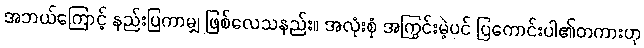
အဘယ်ကြောင့် နည်းပြကာမျှ ဖြစ်လေသနည်း။ အလုံးစုံ အကြွင်းမဲ့ပင် ပြကောင်းပါ၏တကားဟု